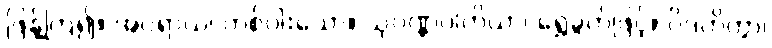
ဖြန့်ကြဲ၍။ အပရာယ၊ တစ်ပါးသော။ သုဝဏ္ဏပါတိယာ၊ ရွှေခွက်ဖြင့်။ ပိဒဟိတွာ၊